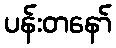
ပန်းတနော်